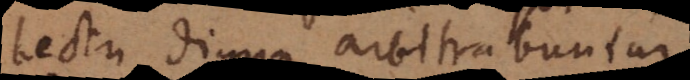
lectu digna arbitrabuntur